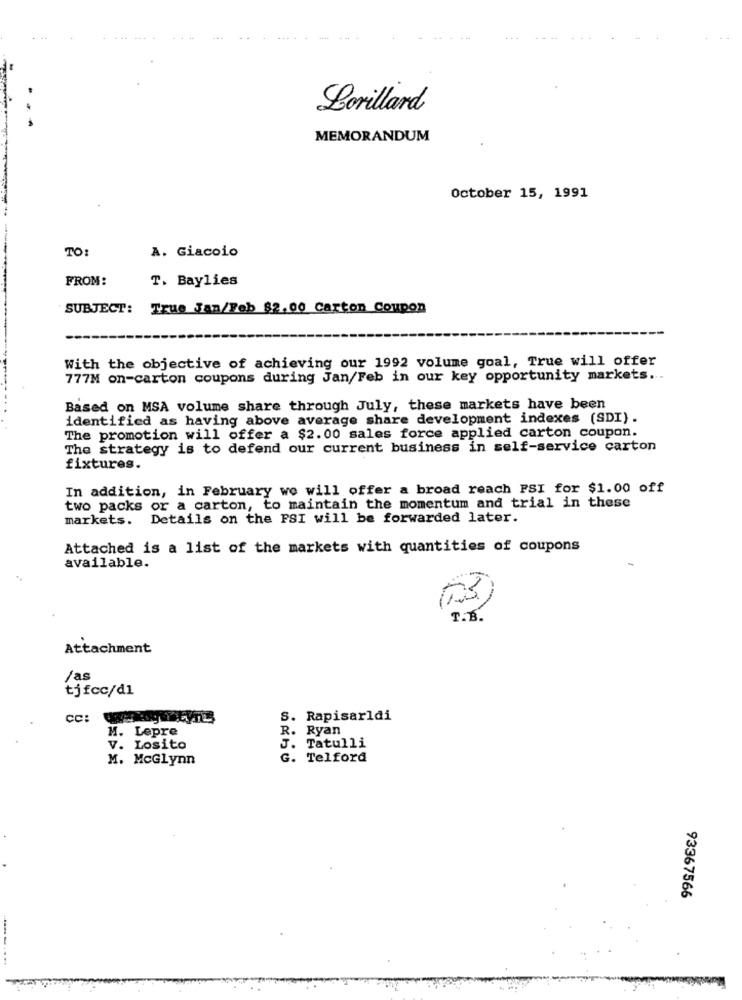
Lorillard
MEMORANDUM
October 15, 1991
TO:
A. Giacoio
FROM:
T. Baylies
SUBJECT: True Jan/Feb 82,00 Carton Coupon
With the objective of achieving our 1992 volume goal, True will offer
777M on-carton coupons during Jan/Feb in our key opportunity markets ...
Based on MSA volume share through July, these markets have been
identified as having above average share development indexes (SDI).
The promotion will offer a $2.00 sales force applied carton coupon.
The strategy is to defend our current business in self-service carton
fixtures.
In addition, in February we will offer a broad reach PSI for $1.00 off
two packs or a carton, to maintain the momentum and trial in these
markets.
Details on the FSI will be forwarded later.
Attached is a list of the markets with quantities of coupons
available.
T.B.
Attachment
/as
tjfcc/dì
cc:
S. Rapisarldi
M. Lepre
R. Ryan
V. Losito
J. Tatulli
M. McGlynn
G. Telford
93367566